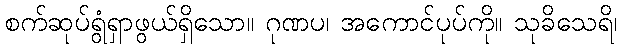
စက်ဆုပ်ရွံရှာဖွယ်ရှိသော။ ဂုဏပ၊ အကောင်ပုပ်ကို။ သုခိသေရိ၊